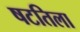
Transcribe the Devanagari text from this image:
षटतिला